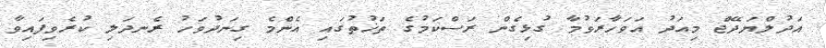
އަދުލްޔަދޭޖް މިއަދު އަވަހާރަވުމާ ގުޅިގެން ރަސްކަމުގެ ތަޚުތުގައި އެންމެ ގިނަދުވަހު ރެނދަލި ކުރެވިފައިވާ